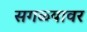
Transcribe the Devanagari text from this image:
सगळ्यावर